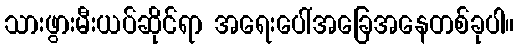
သားဖွားမီးယပ်ဆိုင်ရာ အရေးပေါ်အခြေအနေတစ်ခုပါ။